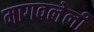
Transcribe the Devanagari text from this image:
मागवलेली